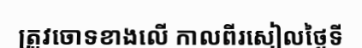
ត្រូវចោទខាងលើ កាលពីរសៀលថ្ងៃទី